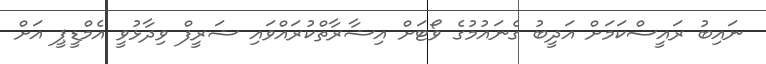
ނައިބު ރައީސްކަމަށް އަދީބު ގެނައުމުގެ ވޯޓަށް އިޝާރާތްކުރައްވައި ޝަރީފް ވިދާޅުވީ އެމްޑީޕީ އަށް